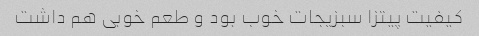
کیفیت پیتزا سبزیجات خوب بود و طعم خوبی هم داشت